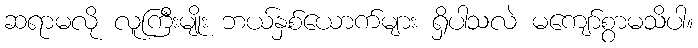
ဆရာမလို လူကြီးမျိုး ဘယ်နှစ်ယောက်များ ရှိပါသလဲ မကျော်စွာမသိပါ။